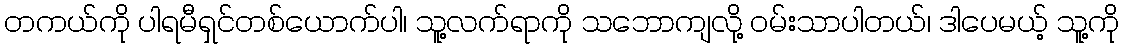
တကယ်ကို ပါရမီရှင်တစ်ယောက်ပါ၊ သူ့လက်ရာကို သဘောကျလို့ ဝမ်းသာပါတယ်၊ ဒါပေမယ့် သူ့ကို